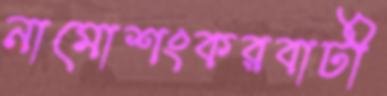
নামোশংকরবাটী